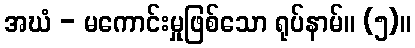
အဃံ - မကောင်းမှုဖြစ်သော ရုပ်နာမ်။ (၅)။